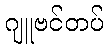
ဂျူဗင်တပ်